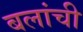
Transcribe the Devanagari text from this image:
बलांची